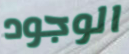
الوجود